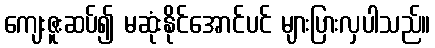
ကျေးဇူးဆပ်၍ မဆုံးနိုင်အောင်ပင် များပြားလှပါသည်။